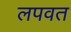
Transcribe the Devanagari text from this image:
लपवत